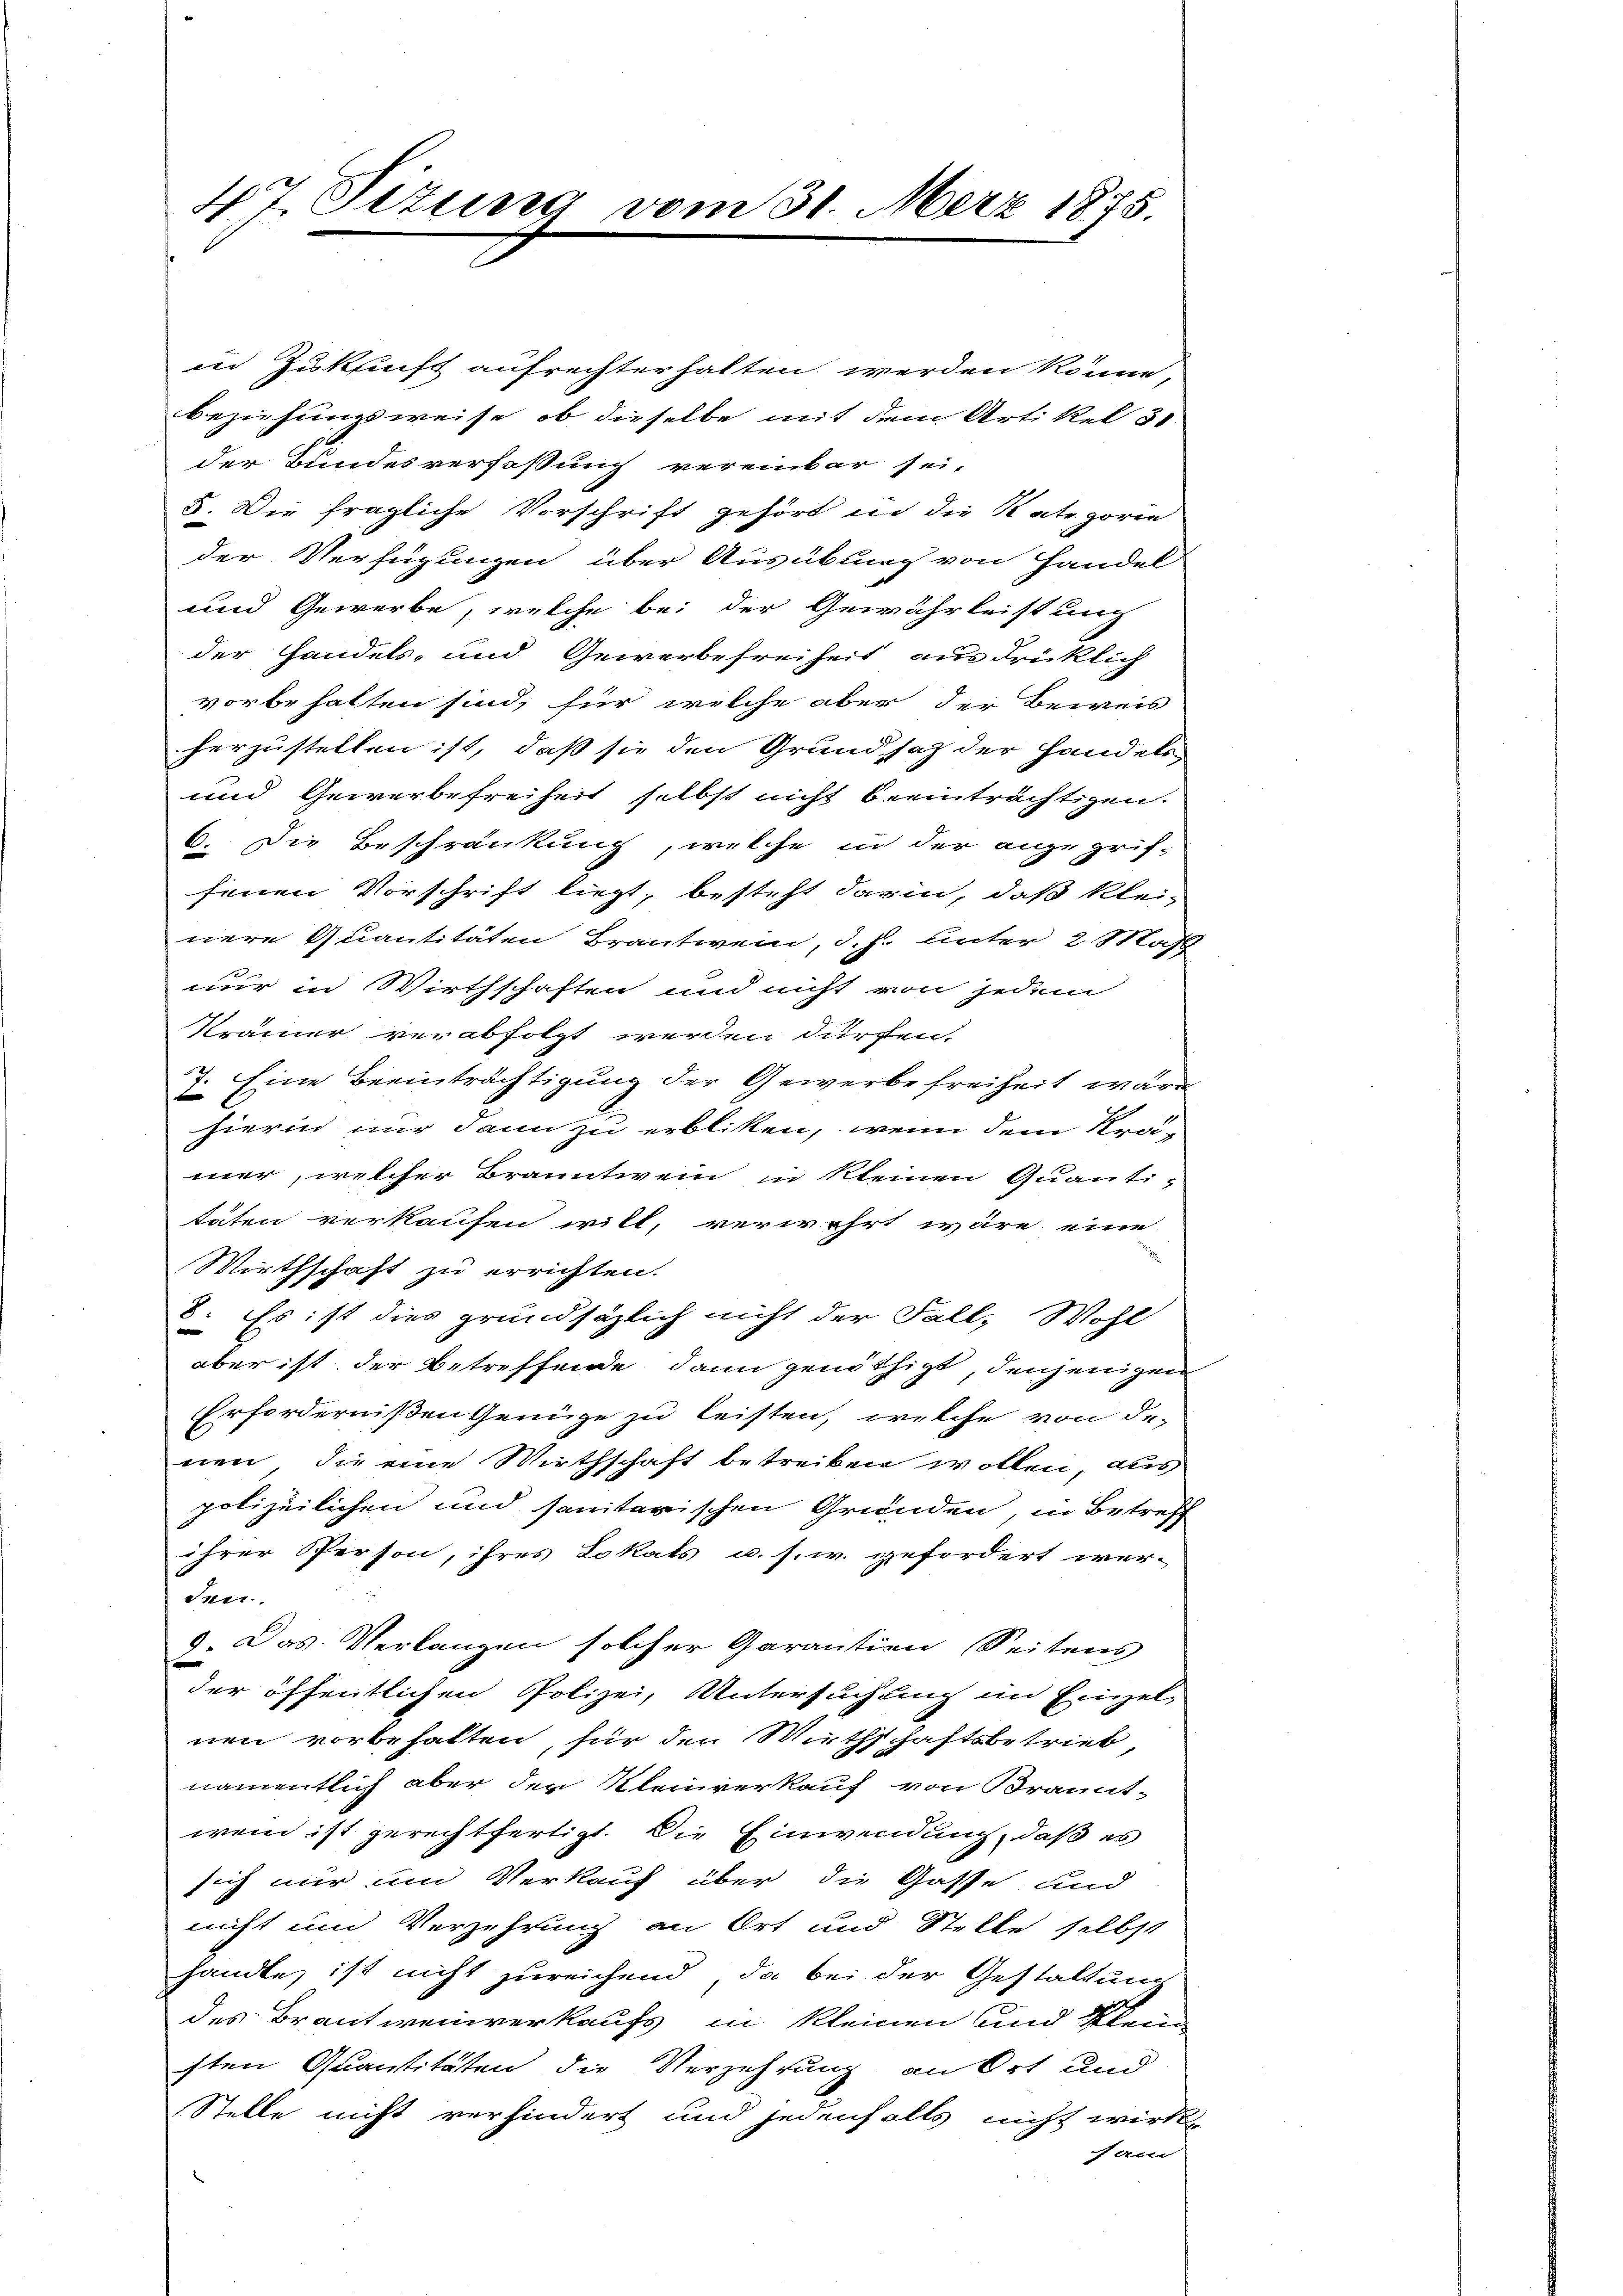
47. Sizung

vom 31. März 1875.

in Zukunft aufrechter halten werden könne,
beziehungsweise, ob dieselbe mit dem Artikel 31
der Bundesverfassung vereinbar sei.
5. Die fragliche Vorschrift gehört in die Kategorie
der Verfügungen über Ausübung von Handel
und Gewerbe, welche bei der Gewährleistung
der Handels- und Gewerbefreiheit aus drücklich
vorbehalten sind, für welche aber der Beweis
herzustellen ist, daß sie den Grundsatz der Handels
und Gewerbefreiheit selbst nicht beeinträchtigen.
6. Die Beschränkung, welche in der angegriffenen Vorschrift liegt, besteht darin, daß kleinere Quantitäten Brantwein, d. J. Unter 2 Mahl
nur in Wirthschaften und nicht von jedem
Krämer verabfolgt werden dürfen.
7. Eine Beeinträchtigung der Gewerbe freiheit wäre
hierin nur dann zu erbliken, wenn dem Krämer, welcher Branntwein in kleinen Quanti-
täten verkaufen will, verwehrt wäre, eine
Wirthschaft zu errichten.
8. Es ist dies grundsätzlich nicht der Fall, Wohl
aber ist der Betreffende dann genöthigt, denjenigen
Erfordernißen Genüge zu leisten, welche von de-
nen, die eine Wirthschaft betreiben wollen, aus
polizeilichen und sanitarischen Gründen, in Betreff
ihrer Person, ihres Lokals u. s. w. gefordert wer-
Peer.
9. Das Verlangen solcher Garantien Seitens
der öffentlichen Polizei, Untersuchung im Einzel-
nen vorbehalten, für den Wirthschaftsbetrieb,
namentlich aber der Kleinverkauf von Brannt-
wen ist gerechtfertigt. Die Einwendung, daß es
sich nur um Verkauf über die Gasse und
nicht und Verzehrung an Ort und Stelle selbst
handle, ist nicht zureichend, da bei der Gestaltung
des Brautweinverkaufs in kleinen und Klein
sten Quantitäten die Verzehrung an Ort und
Stelle nicht verhindert und jedenfalls nicht wirk
fam